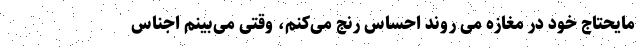
مایحتاج خود در مغازه می روند احساس رنج می‌کنم، وقتی می‌بینم اجناس